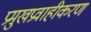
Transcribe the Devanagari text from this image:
प्रमुखप्रवाहीकरण